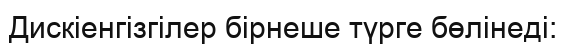
Дискіенгізгілер бірнеше түрге бөлінеді: